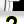
Digit: 2